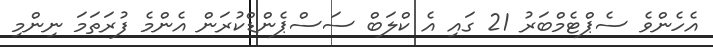
އެހެންވެ ސެޕްޓެމްބަރު 21 ގައި އެ ކްލަބް ސަސްޕެންޑްކުރަން އެންމެ ފުރަތަމަ ނިންމި